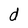
Character: d